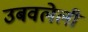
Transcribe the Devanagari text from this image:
उबवलेली